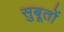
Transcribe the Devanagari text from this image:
सुबूतों